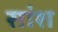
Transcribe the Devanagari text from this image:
सांश